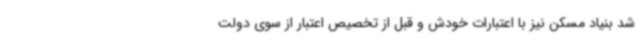
شد بنیاد مسکن نیز با اعتبارات خودش و قبل از تخصیص اعتبار از سوی دولت